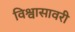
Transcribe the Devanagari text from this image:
विश्वासावरी